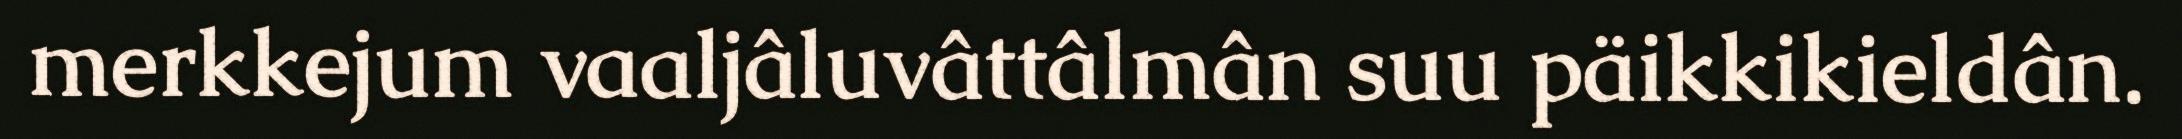
merkkejum vaaljâluvâttâlmân suu päikkikieldân.